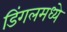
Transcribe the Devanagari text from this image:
डिंगलमध्ये